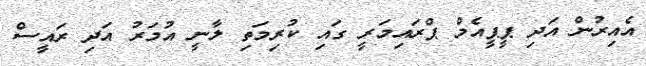
އެއިރުން އަދި ޕީޕީއެމް ޕްރައިމަރީ ގައި ކުރިމަތި ލާނީ އުމަރު އަދި ރައީސް